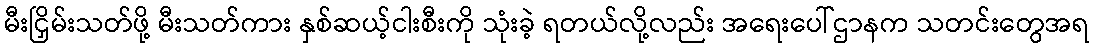
မီးငြှိမ်းသတ်ဖို့ မီးသတ်ကား နှစ်ဆယ့်ငါးစီးကို သုံးခဲ့ ရတယ်လို့လည်း အရေးပေါ်ဌာနက သတင်းတွေအရ